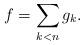
LaTeX: \begin{align*}f=\sum_{k<n}g_k.\end{align*}